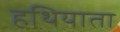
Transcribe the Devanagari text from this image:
हथियाता